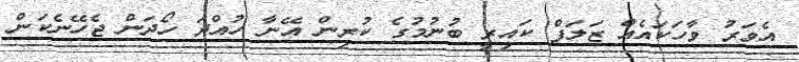
އެވަރު ވާހަކައެއް ޒަލަފް ކައިރީ ބުނުމުގެ ކުރިން އޭނާ ހުއްދަ ހޯދަން ޖެހޭނެކަން